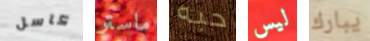
كاسل ماستر حبه ليس يبارك